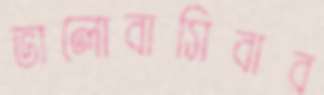
ভালোবাসিবার